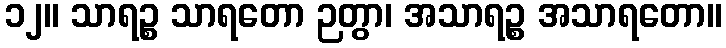
၁၂။ သာရဉ္စ သာရတော ဉတွာ၊ အသာရဉ္စ အသာရတော။